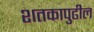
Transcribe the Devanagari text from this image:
शतकापुढील